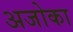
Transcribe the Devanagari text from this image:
अजोका